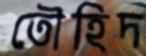
তৌহিদ